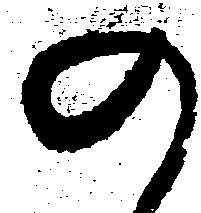
の